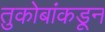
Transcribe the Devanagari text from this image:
तुकोबांकडून